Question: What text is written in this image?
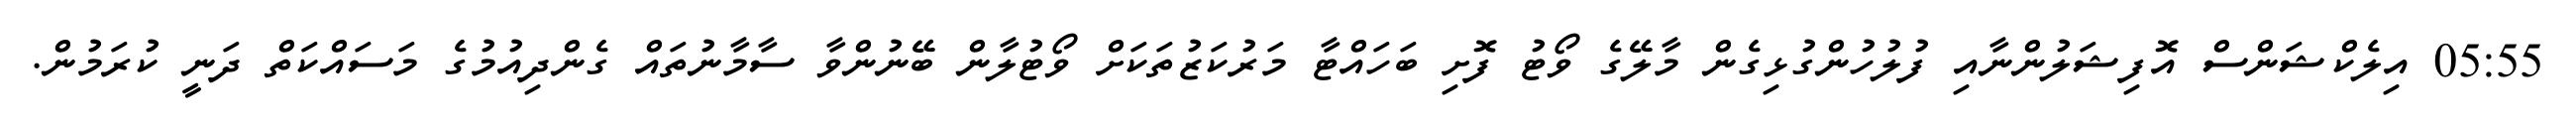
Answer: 05:55 އިލެކްޝަންސް އޮފިޝަލުންނާއި ފުލުހުންގުޅިގެން މާލޭގެ ވޯޓު ފޮށި ބަހައްޓާ މަރުކަޒުތަކަށް ވޯޓުލާން ބޭނުންވާ ސާމާނުތައް ގެންދިއުމުގެ މަސައްކަތް ދަނީ ކުރަމުން.